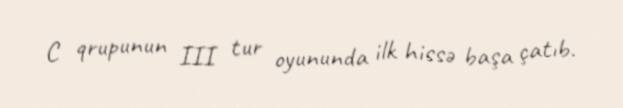
C qrupunun III tur oyununda ilk hissə başa çatıb.